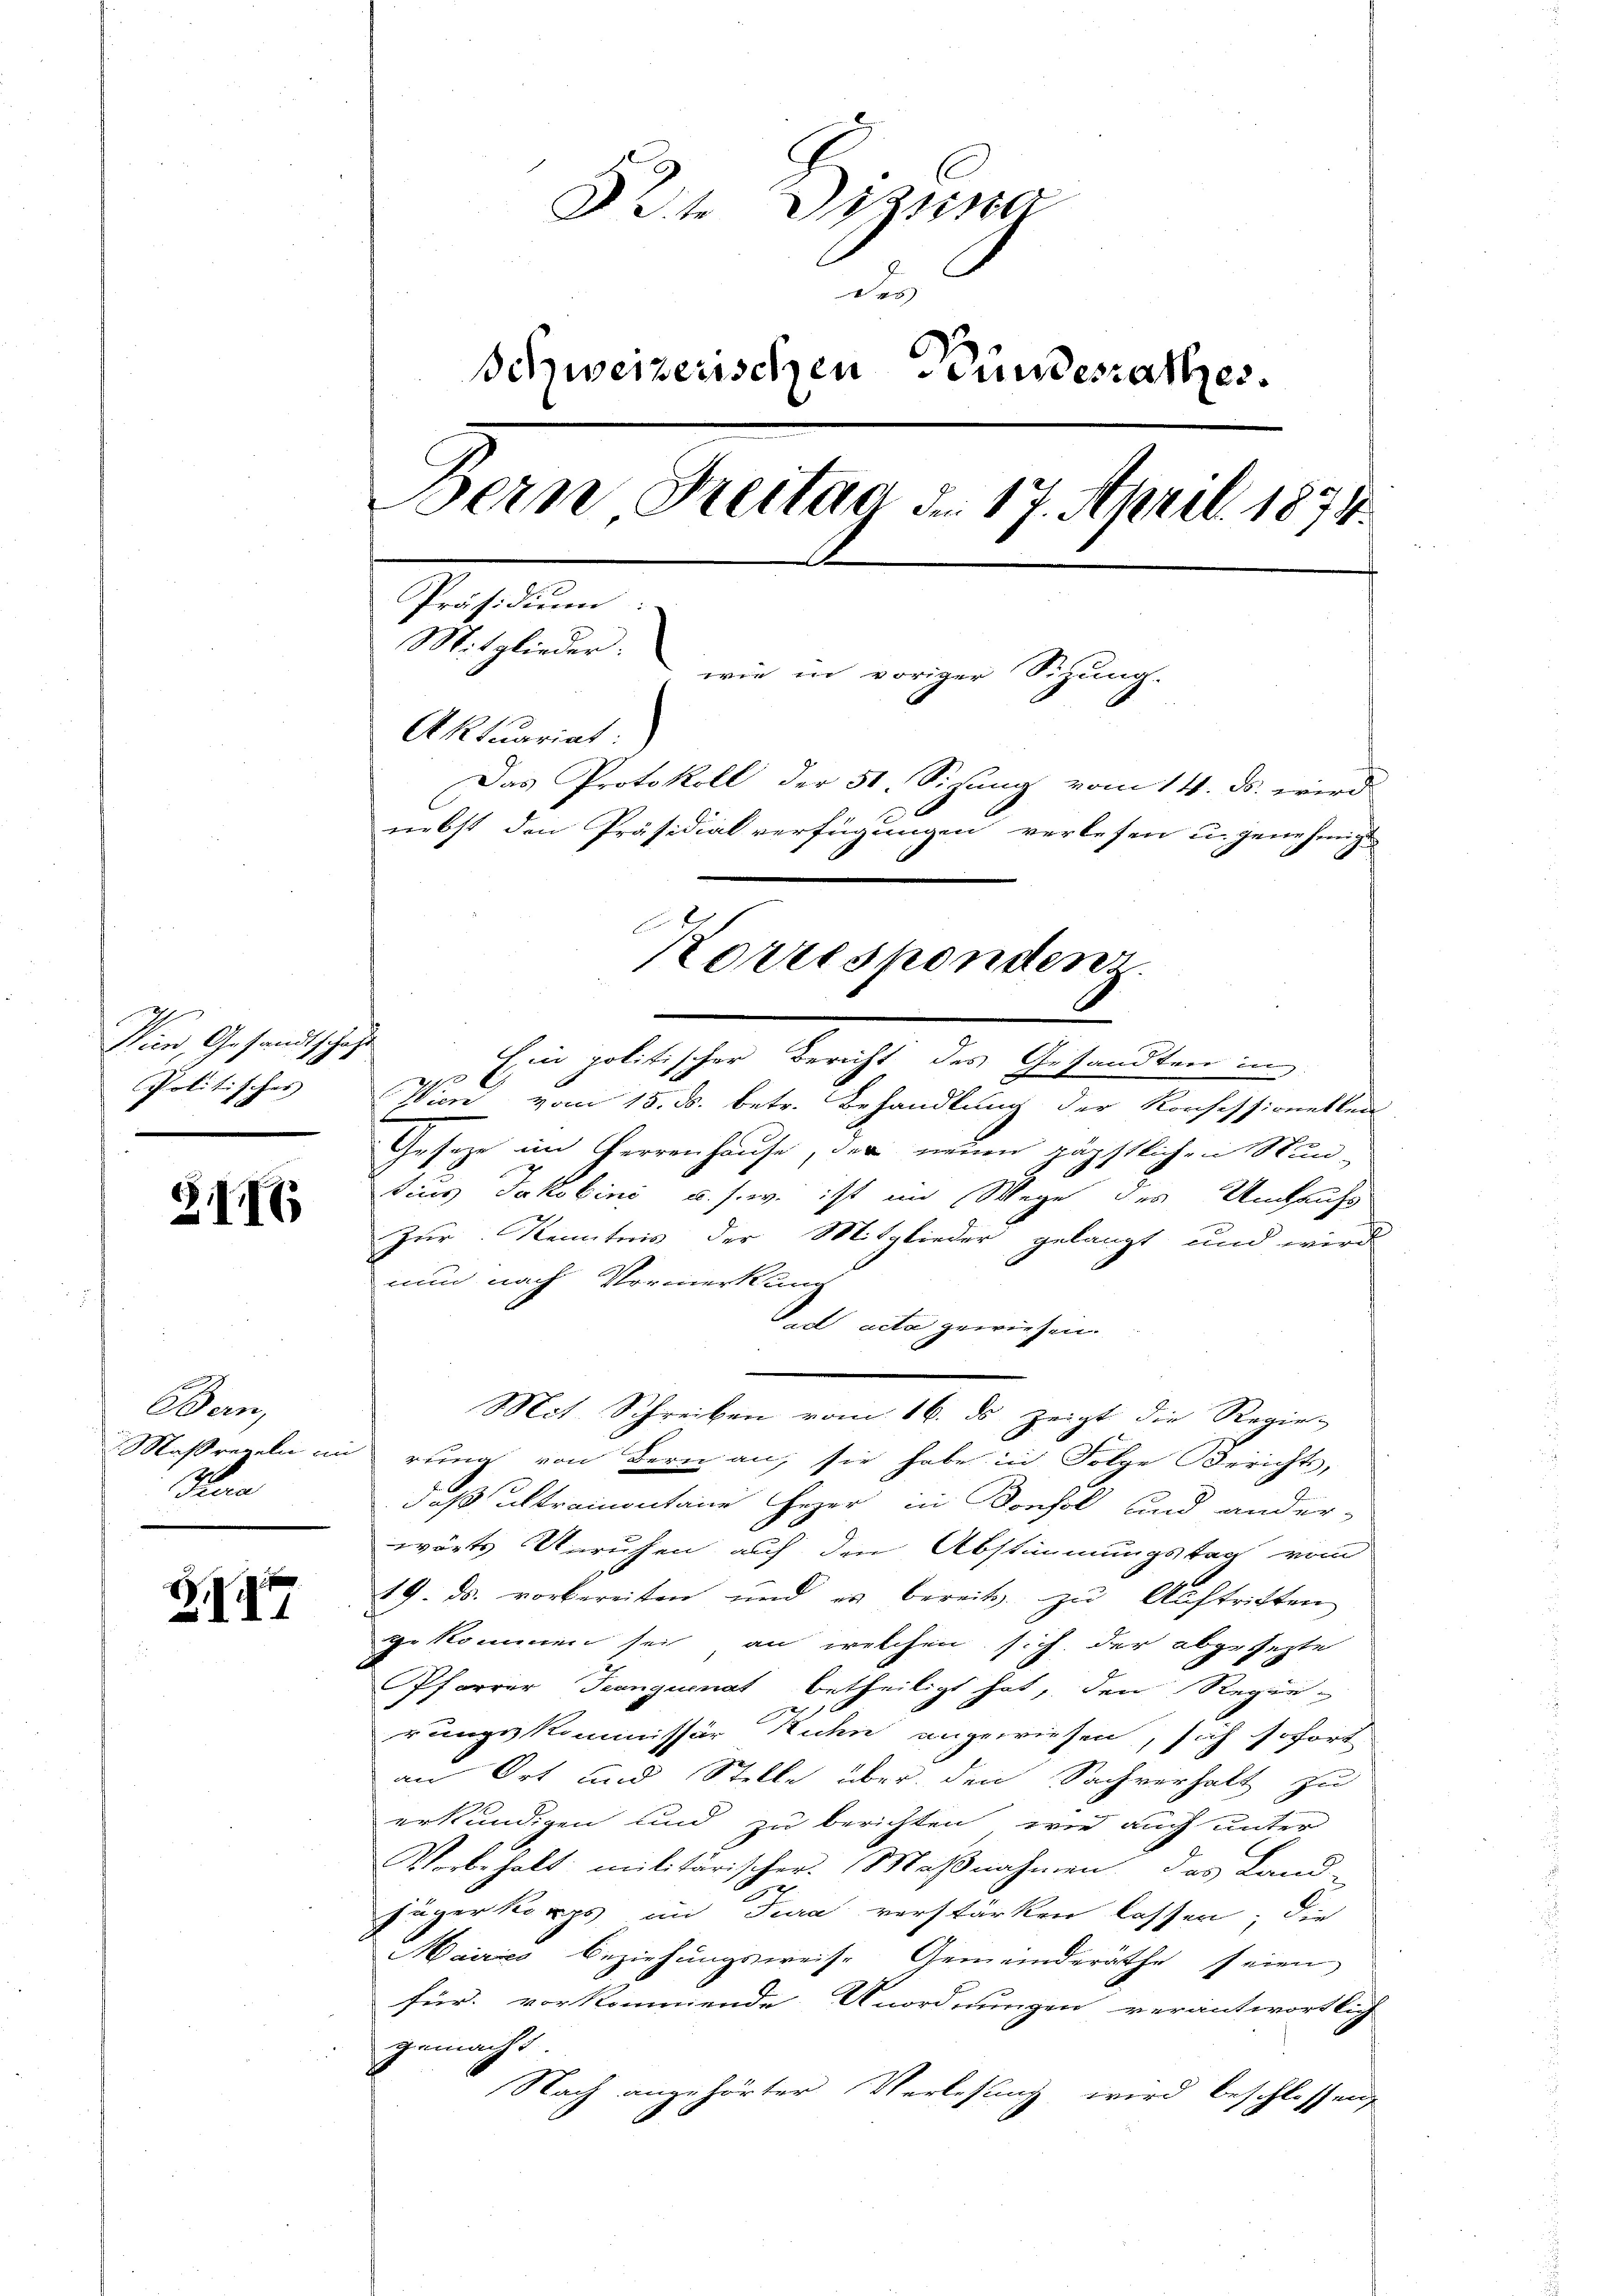
24 Dizina
Ver
Schweizerischen Bundesrathes.
Bern Freitag der 17. April 1874.
Präsidium.
Mitglieder:
wie in voriger Sitzung.
Aktuariat.
Das Protokoll der 50. Sizung vom 14. ds. wird
nebst den Präsidialverfügungen verlesen u. genehmigt

Wien, Gesandtschaft
Politisches |

ZII

Ban,
Son

S.17

Ein politischer Bericht des Gesandten in
Ich.
Vien vom 15. ds. betr. Behandlung der Konfessionellen
Geseze im Herrenhause, der neuen päpstlichen Stun-
tius Jakobini u. s. w. ist im Wege des Umlauf
Zur Kenntnis der Mitglieder gelangt und wird
nun nach Vormerkung
ad acta gewiesen.
daß ultramontane Heer in Konsol und ander-
wärts Unruhen auf den Abstimmungstag vom
89. ds. vorbereiten und es bereits zu Auftritten
gekommen sei, an welchen sich der abgesezte
Pfarrer Tranguenat betheiligt hat, den Regierangekommissär Kuhn angewiesen, sich sofort
an Ort und Stelle über den Sachverhalt zu
erkundigen und zu berichten, wie auch unter
Vorbehalt militärischer. Maßnahmen, das Land-
Fügerkorps im Jura verstärken lassen; die
Maires Beziehungsweise Gemeinderäthe seien,
für. vorkommende Unordnungen verantwortlich
gemacht
Nach angehörter Verlesung wird beschlossen,

Korresponden.

Maßregeln in rung von Bern an, sie habe in Folge Berichts,

Mit Schreiben vom 16. ds zeigt die Regie-